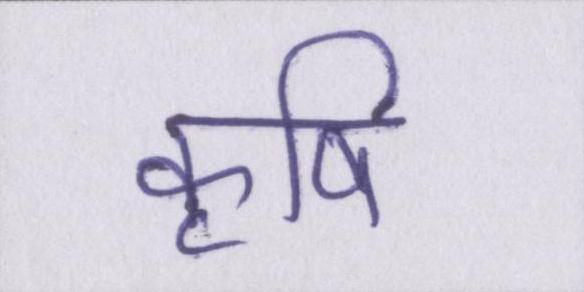
कॄषि